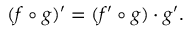
( f \circ g ) ^ { \prime } = ( f ^ { \prime } \circ g ) \cdot g ^ { \prime } .